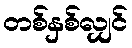
တစ်နှစ်လျှင်